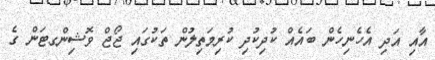
އާއި އަދި އެހެނިހެން ބައެއް ކުދިކުދި ކުރިމަތިލުން ތަކުގައި ޖޯޖް ވޮޝިންގޓަން ގެ